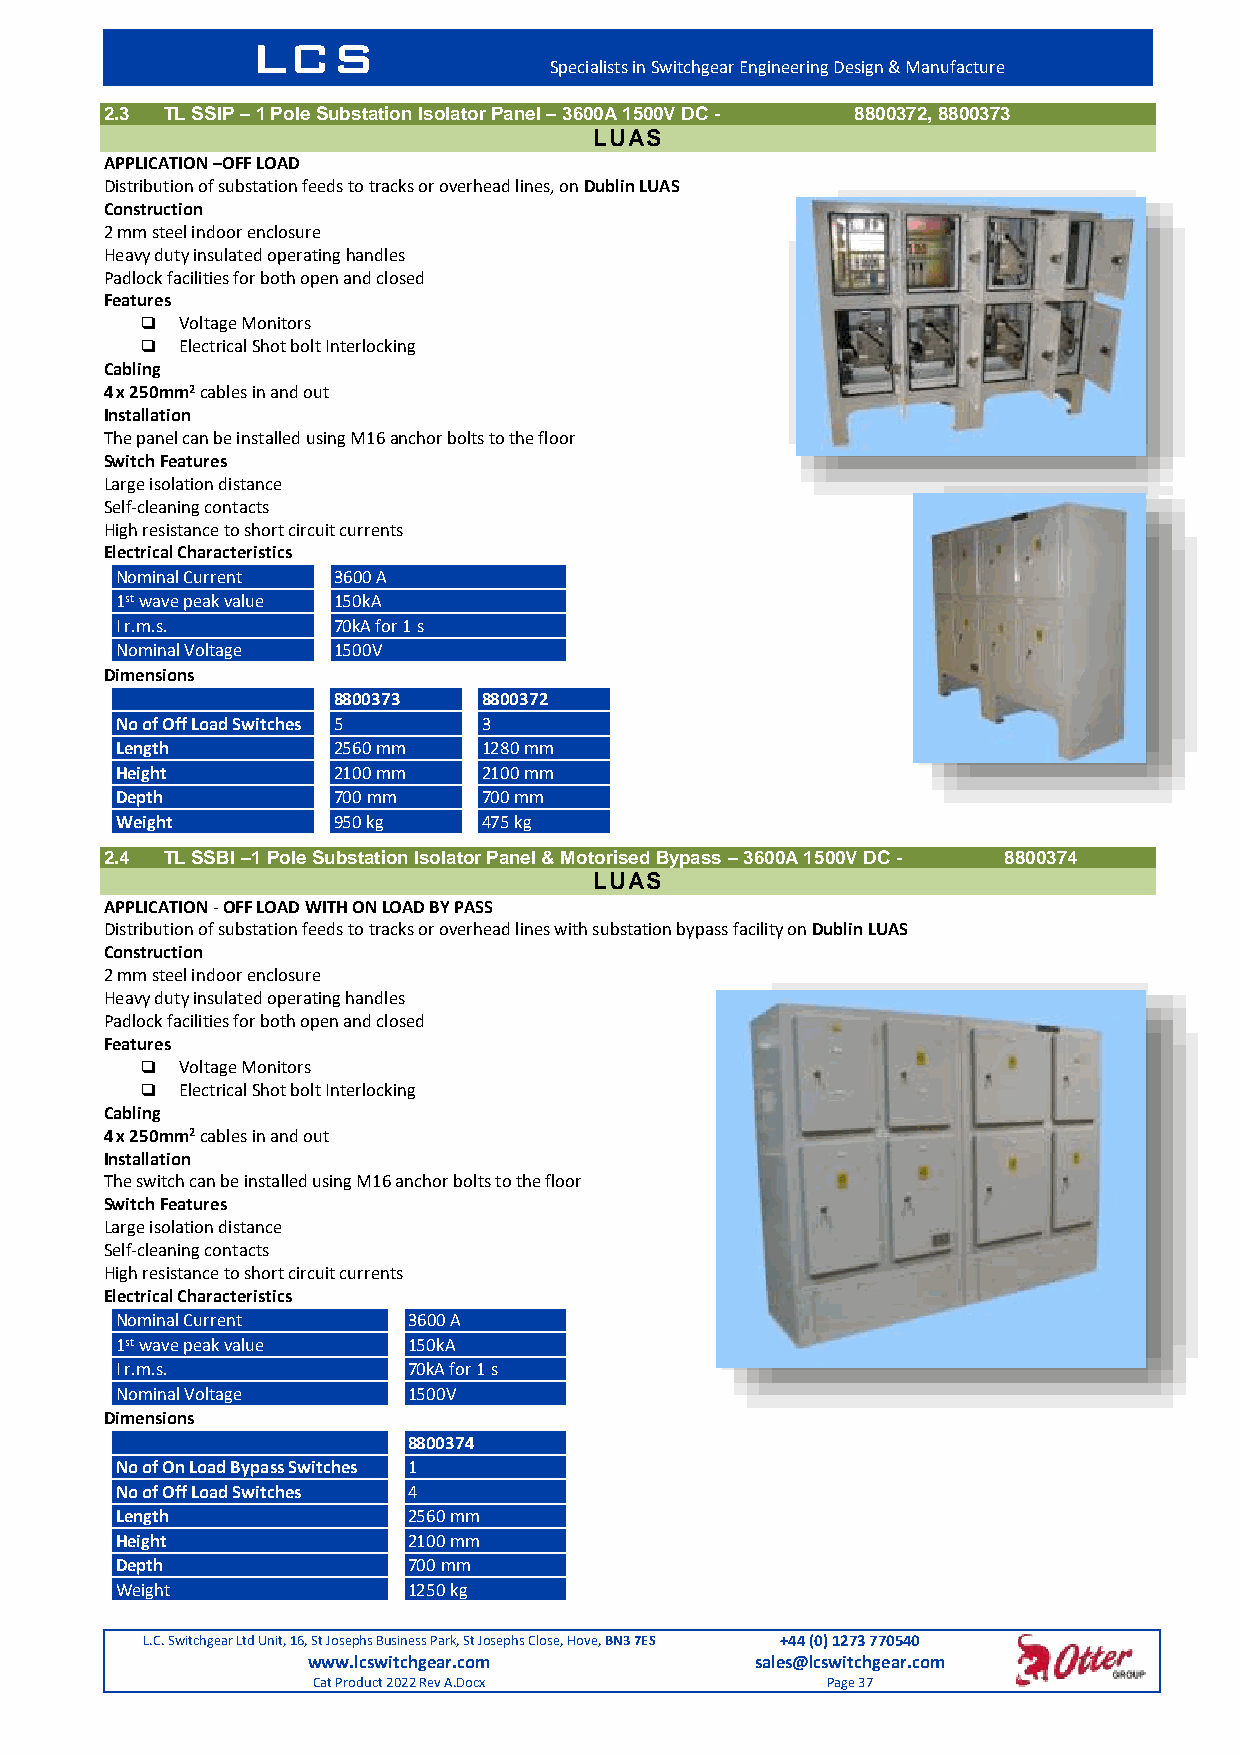
LCS
 Specialists in Switchgear Engineering Design & Manufacture
 2.3 TL SSIP – 1 Pole Substation Isolator Panel – 3600A 1500V DC - 8800372, 8800373
 LUAS
 APPLICATION –OFF LOAD
 Distribution of substation feeds to tracks or overhead lines, on Dublin LUAS
 Construction
 2 mm steel indoor enclosure
 Heavy duty insulated operating handles
 Padlock facilities for both open and closed
 Features
   Voltage Monitors
   Electrical Shot bolt Interlocking
 Cabling
 4 x 250mm2 cables in and out
 Installation
 The panel can be installed using M16 anchor bolts to the floor
 Switch Features
 Large isolation distance
 Self-cleaning contacts
 High resistance to short circuit currents
 Electrical Characteristics
 Nominal Current 3600 A
 1st wave peak value 150kA
 I r.m.s.      70kA for 1 s
 Nominal Voltage 1500V
 Dimensions
 8800373   8800372
 No of Off Load Switches 5 3
 Length        2560 mm   1280 mm
 Height        2100 mm   2100 mm
 Depth         700 mm    700 mm
 Weight        950 kg    475 kg
 2.4 TL SSBI –1 Pole Substation Isolator Panel & Motorised Bypass – 3600A 1500V DC - 8800374
 LUAS
 APPLICATION - OFF LOAD WITH ON LOAD BY PASS
 Distribution of substation feeds to tracks or overhead lines with substation bypass facility on Dublin LUAS
 Construction
 2 mm steel indoor enclosure
 Heavy duty insulated operating handles
 Padlock facilities for both open and closed
 Features
   Voltage Monitors
   Electrical Shot bolt Interlocking
 Cabling
 4 x 250mm2 cables in and out
 Installation
 The switch can be installed using M16 anchor bolts to the floor
 Switch Features
 Large isolation distance
 Self-cleaning contacts
 High resistance to short circuit currents
 Electrical Characteristics
 Nominal Current    3600 A
 1st wave peak value 150kA
 I r.m.s.           70kA for 1 s
 Nominal Voltage    1500V
 Dimensions
 8800374
 No of On Load Bypass Switches 1
 No of Off Load Switches 4
 Length             2560 mm
 Height             2100 mm
 Depth              700 mm
 Weight             1250 kg
 L.C. Switchgear Ltd Unit, 16, St Josephs Business Park, St Josephs Close, Hove, BN3 7ES +44 (0) 1273 770540
 www.lcswitchgear.com          sales@lcswitchgear.com
 Cat Product 2022 Rev A.Docx       Page 37